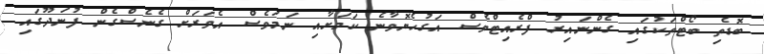
ބޮޑެތި ބޯޓްތަކުގައި ގެންނައިރު ފްރެއިޓްވެސް އަގުހެޔޮވާނެ ކަމަށާއި ނަމަވެސް އެވަރަށް ގެނެސްގެން ފުނަދޫގައި